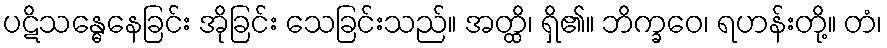
ပဋိသန္ဓေနေခြင်း အိုခြင်း သေခြင်းသည်။ အတ္ထိ၊ ရှိ၏။ ဘိက္ခဝေ၊ ရဟန်းတို့။ တံ၊